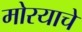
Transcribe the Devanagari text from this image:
मोरयाचे